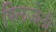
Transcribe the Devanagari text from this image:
फ्लिजेली